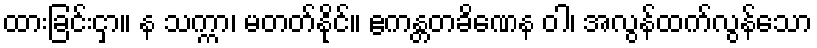
ထားခြင်းငှာ။ န သက္ကာ၊ မတတ်နိုင်။ ဧကန္တတခိဏေန ဝါ၊ အလွန်ထက်လွန်သော